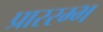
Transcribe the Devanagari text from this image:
प्राररम्भ